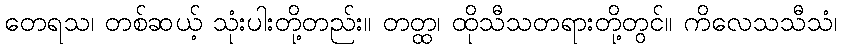
တေရသ၊ တစ်ဆယ့် သုံးပါးတို့တည်း။ တတ္ထ၊ ထိုသီသတရားတို့တွင်။ ကိလေသသီသံ၊